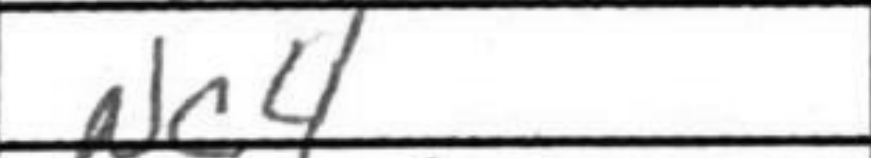
Transcription: Nc4